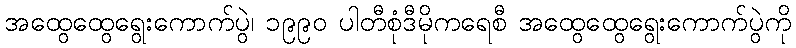
အထွေထွေရွေးကောက်ပွဲ၊ ၁၉၉၀ ပါတီစုံဒီမိုကရေစီ အထွေထွေရွေးကောက်ပွဲကို